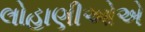
લોહાણીઓએ